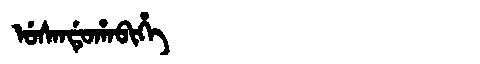
Manchu: ᡠᠰᠠᠨᡩᡠᡥᠠᠪᡳᡥᡝ
Romanization: USANDUHABIHE